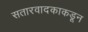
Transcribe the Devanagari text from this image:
सतारवादकाकडून